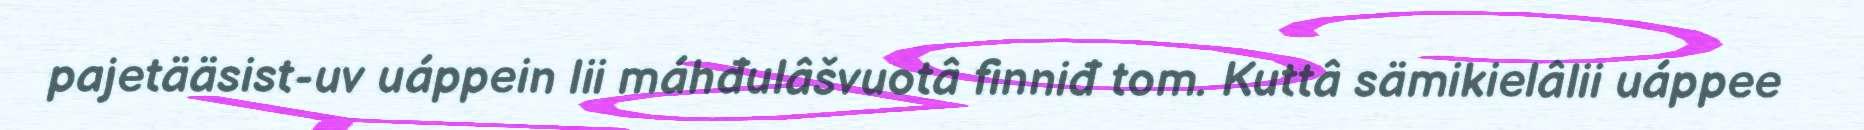
pajetääsist-uv uáppein lii máhđulâšvuotâ finniđ tom. Kuttâ sämikielâlii uáppee